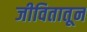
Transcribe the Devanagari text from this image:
जीवितातून